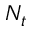
N _ { t }